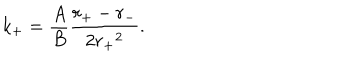
k _ { + } = \frac { A } { B } \frac { r _ { + } - r _ { - } } { 2 { r _ { + } } ^ { 2 } } .